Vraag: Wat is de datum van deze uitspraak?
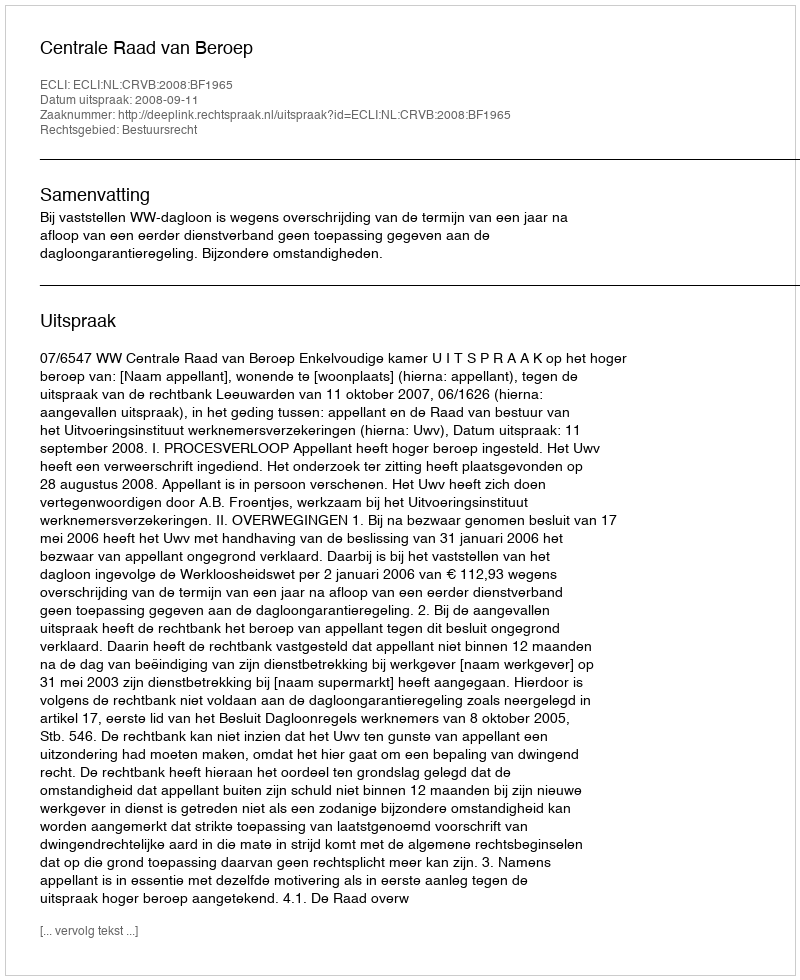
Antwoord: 2008-09-11